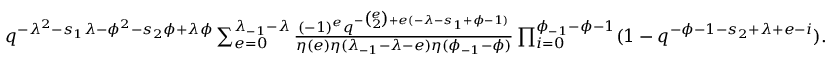
\begin{array} { r } { q ^ { - { \lambda ^ { 2 } } - s _ { 1 } \lambda - \phi ^ { 2 } - s _ { 2 } \phi + \lambda \phi } \sum _ { e = 0 } ^ { \lambda _ { - 1 } - \lambda } \frac { ( - 1 ) ^ { e } q ^ { - \binom { e } { 2 } + e ( - \lambda - s _ { 1 } + \phi - 1 ) } } { \eta ( e ) \eta ( \lambda _ { - 1 } - \lambda - e ) \eta ( \phi _ { - 1 } - \phi ) } \prod _ { i = 0 } ^ { \phi _ { - 1 } - \phi - 1 } ( 1 - q ^ { - \phi - 1 - s _ { 2 } + \lambda + e - i } ) . } \end{array}